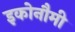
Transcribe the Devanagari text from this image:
इकोनौमी